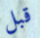
قبل